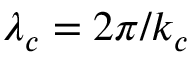
\lambda _ { c } = 2 \pi / k _ { c }